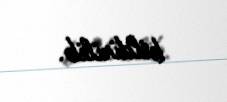
bildirilib.